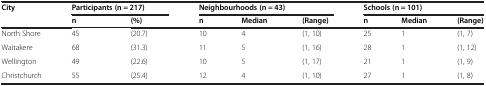
<table><thead><tr><td><b>City</b></td><td colspan="2"><b>Participants (n = 217)</b></td><td colspan="3"><b>Neighbourhoods (n = 43)</b></td><td colspan="3"><b>Schools (n = 101)</b></td></tr><tr><td><b> </b></td><td><b>n</b></td><td><b>(%)</b></td><td><b>n</b></td><td><b>Median</b></td><td><b>(Range)</b></td><td><b>n</b></td><td><b>Median</b></td><td><b>(Range)</b></td></tr></thead><tbody><tr><td>North Shore</td><td>45</td><td>(20.7)</td><td>10</td><td>4</td><td>(1, 10)</td><td>25</td><td>1</td><td>(1, 7)</td></tr><tr><td>Waitakere</td><td>68</td><td>(31.3)</td><td>11</td><td>5</td><td>(1, 16)</td><td>28</td><td>1</td><td>(1, 12)</td></tr><tr><td>Wellington</td><td>49</td><td>(22.6)</td><td>10</td><td>5</td><td>(1, 17)</td><td>21</td><td>1</td><td>(1, 9)</td></tr><tr><td>Christchurch</td><td>55</td><td>(25.4)</td><td>12</td><td>4</td><td>(1, 10)</td><td>27</td><td>1</td><td>(1, 8)</td></tr></tbody></table>